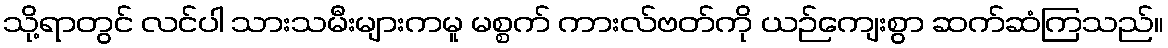
သို့ရာတွင် လင်ပါ သားသမီးများကမူ မစ္စက် ကားလ်ဗတ်ကို ယဉ်ကျေးစွာ ဆက်ဆံကြသည်။